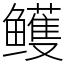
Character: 鳠